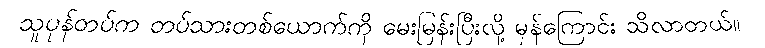
သူပုန်တပ်က တပ်သားတစ်ယောက်ကို မေးမြန်းပြီးလို့ မှန်ကြောင်း သိလာတယ်။